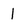
Character: 1